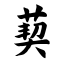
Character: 葜